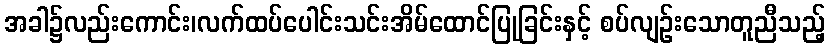
အခါ၌လည်းကောင်း၊လက်ထပ်ပေါင်းသင်းအိမ်ထောင်ပြုခြင်းနှင့် စပ်လျဉ်းသောတူညီသည့်